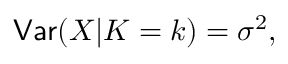
\mathsf { V a r } ( X | K = k ) = \sigma ^ { 2 } ,